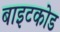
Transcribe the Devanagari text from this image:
बाइटकोड